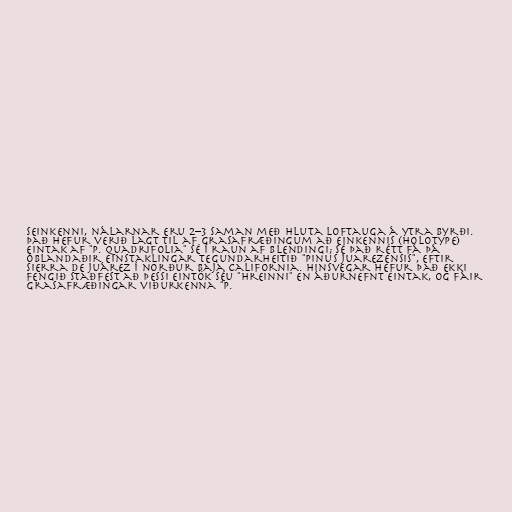
seinkenni, nálarnar eru 2–3 saman með hluta loftauga á ytra byrði.
Það hefur verið lagt til af grasafræðingum að einkennis (holotype)
eintak af "P. quadrifolia" sé í raun af blendingi; sé það rétt fá þá
óblandaðir einstaklingar tegundarheitið "Pinus juarezensis", eftir
Sierra de Juárez í norður Baja California. Hinsvegar hefur það ekki
fengið staðfest að þessi eintök séu "hreinni" en áðurnefnt eintak, og fáir
grasafræðingar viðurkenna "P.